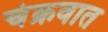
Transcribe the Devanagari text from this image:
चंक्रवात